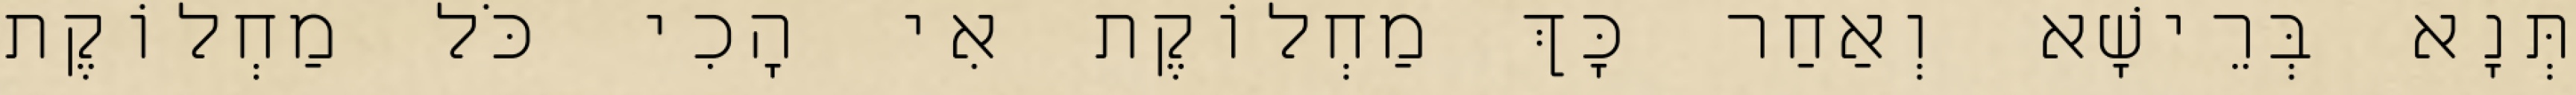
תְּנָא בְּרֵישָׁא וְאַחַר כָּךְ מַחְלוֹקֶת אִי הָכִי כֹּל מַחְלוֹקֶת